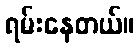
ရမ်းနေတယ်။